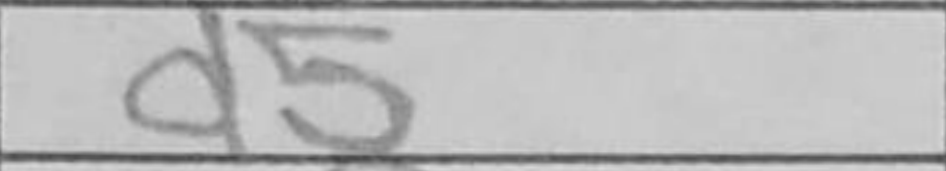
Transcription: d5